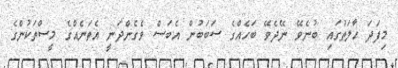
މިފަދަ ޙާލަތުގައި ބުނެވޭ ނޭދެވޭ ބަހެއްގެ ސަބަބުން އެބަސް ވެގެންދަނީ އެތަނެއްގެ މީސްތަކުންގެ